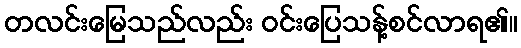
တလင်းမြေသည်လည်း ဝင်းပြေသန့်စင်လာရ၏။